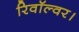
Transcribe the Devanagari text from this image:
रिवॉल्वर।